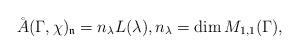
LaTeX: \begin{align*} \AA(\Gamma,\chi)_{\mathfrak{n}}=n_\lambda L(\lambda),n_\lambda=\dim M_{1,1}(\Gamma),\end{align*}